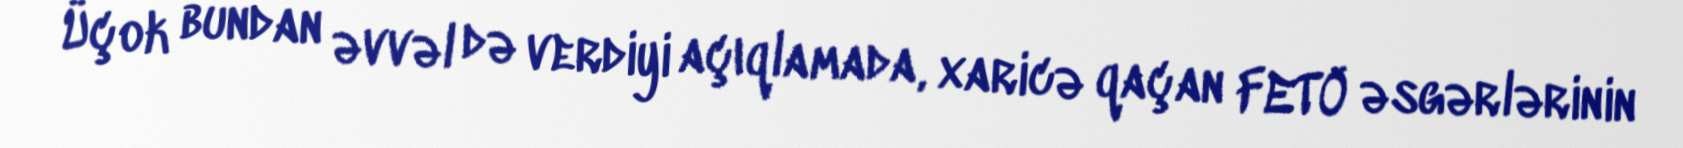
Üçok bundan əvvəl də verdiyi açıqlamada, xaricə qaçan FETÖ əsgərlərinin